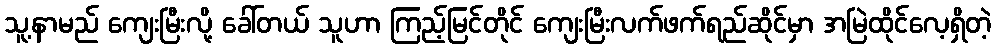
သူ့နာမည် ကျေးမြီးလို့ ခေါ်တယ် သူဟာ ကြည့်မြင်တိုင် ကျေးမြီးလက်ဖက်ရည်ဆိုင်မှာ အမြဲထိုင်လေ့ရှိတဲ့